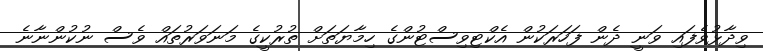
ވިދާޅުވެފައި ވަނީ ދެން ފަހަރަކުން އެކްޓިވިސްޓުންގެ ހިމާޔަތަށް ތުރުކީގެ މަނަވަރުތައް ވެސް ނުކުންނާނެ